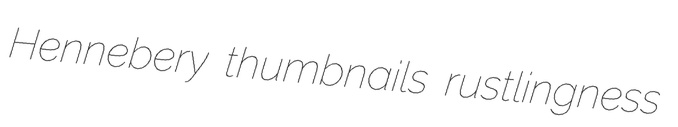
Hennebery thumbnails rustlingness